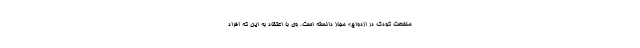
منفعت کودک در ازدواج» مجاز دانسته است. وی با اعتقاد به این که افراد